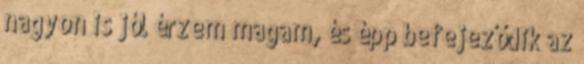
nagyon is jól érzem magam, és épp befejeződik az